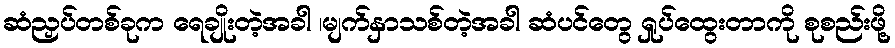
ဆံညှပ်တစ်ခုက ရေချိုးတဲ့အခါ ၊မျက်နှာသစ်တဲ့အခါ ဆံပင်တွေ ရှုပ်ထွေးတာကို စုစည်းဖို့